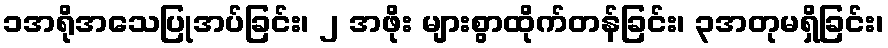
၁အရိုအသေပြုအပ်ခြင်း၊ ၂ အဖိုး များစွာထိုက်တန်ခြင်း၊ ၃အတုမရှိခြင်း၊